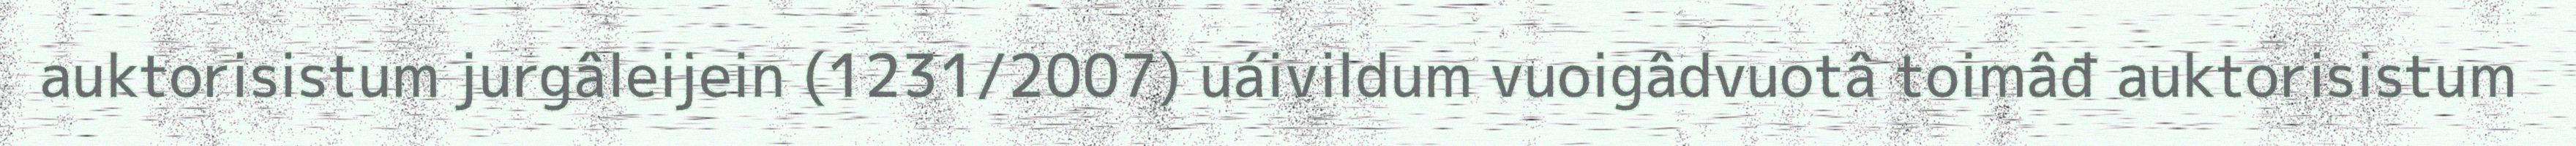
auktorisistum jurgâleijein (1231/2007) uáivildum vuoigâdvuotâ toimâđ auktorisistum